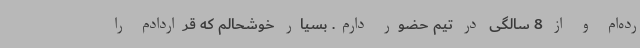
رده‌ام و از 8 سالگی در تیم حضور دارم. بسیار خوشحالم که قراردادم را